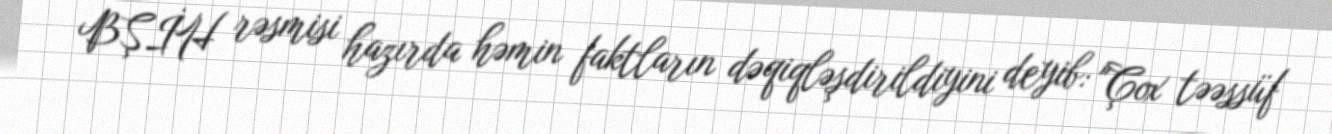
BŞİH rəsmisi hazırda həmin faktların dəqiqləşdirildiyini deyib: "Çox təəssüf